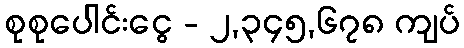
စုစုပေါင်းငွေ - ၂,၃၄၅,၆၇၈ ကျပ်